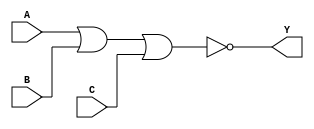
`timescale 1ps/1ps
module cell_nor3
(
    input wire A,
    input wire B,
    input wire C,
    output wire Y
);
    assign Y = !(A | B | C);
endmodule